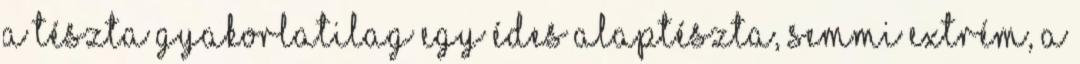
A tészta gyakorlatilag egy édes alaptészta, semmi extrém, a